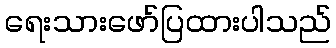
ရေးသားဖော်ပြထားပါသည်